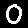
Digit: 0